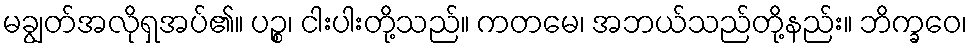
မချွတ်အလိုရှအပ်၏။ ပဉ္စ၊ ငါးပါးတို့သည်။ ကတမေ၊ အဘယ်သည်တို့နည်း။ ဘိက္ခဝေ၊